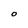
Character: O